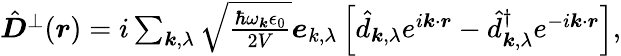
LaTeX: \begin{array}{r}{\hat{\boldsymbol D}^{\perp}(\boldsymbol r)=i\sum_{\boldsymbol k,\lambda}\sqrt{\frac{\hbar\omega_{\boldsymbol k}\epsilon_{0}}{2V}}\boldsymbol e_{k,\lambda}\left[\hat{d}_{\boldsymbol k,\lambda}e^{i\boldsymbol k\cdot\boldsymbol r}-\hat{d}_{\boldsymbol k,\lambda}^{\dagger}e^{-i\boldsymbol k\cdot\boldsymbol r}\right],}\end{array}